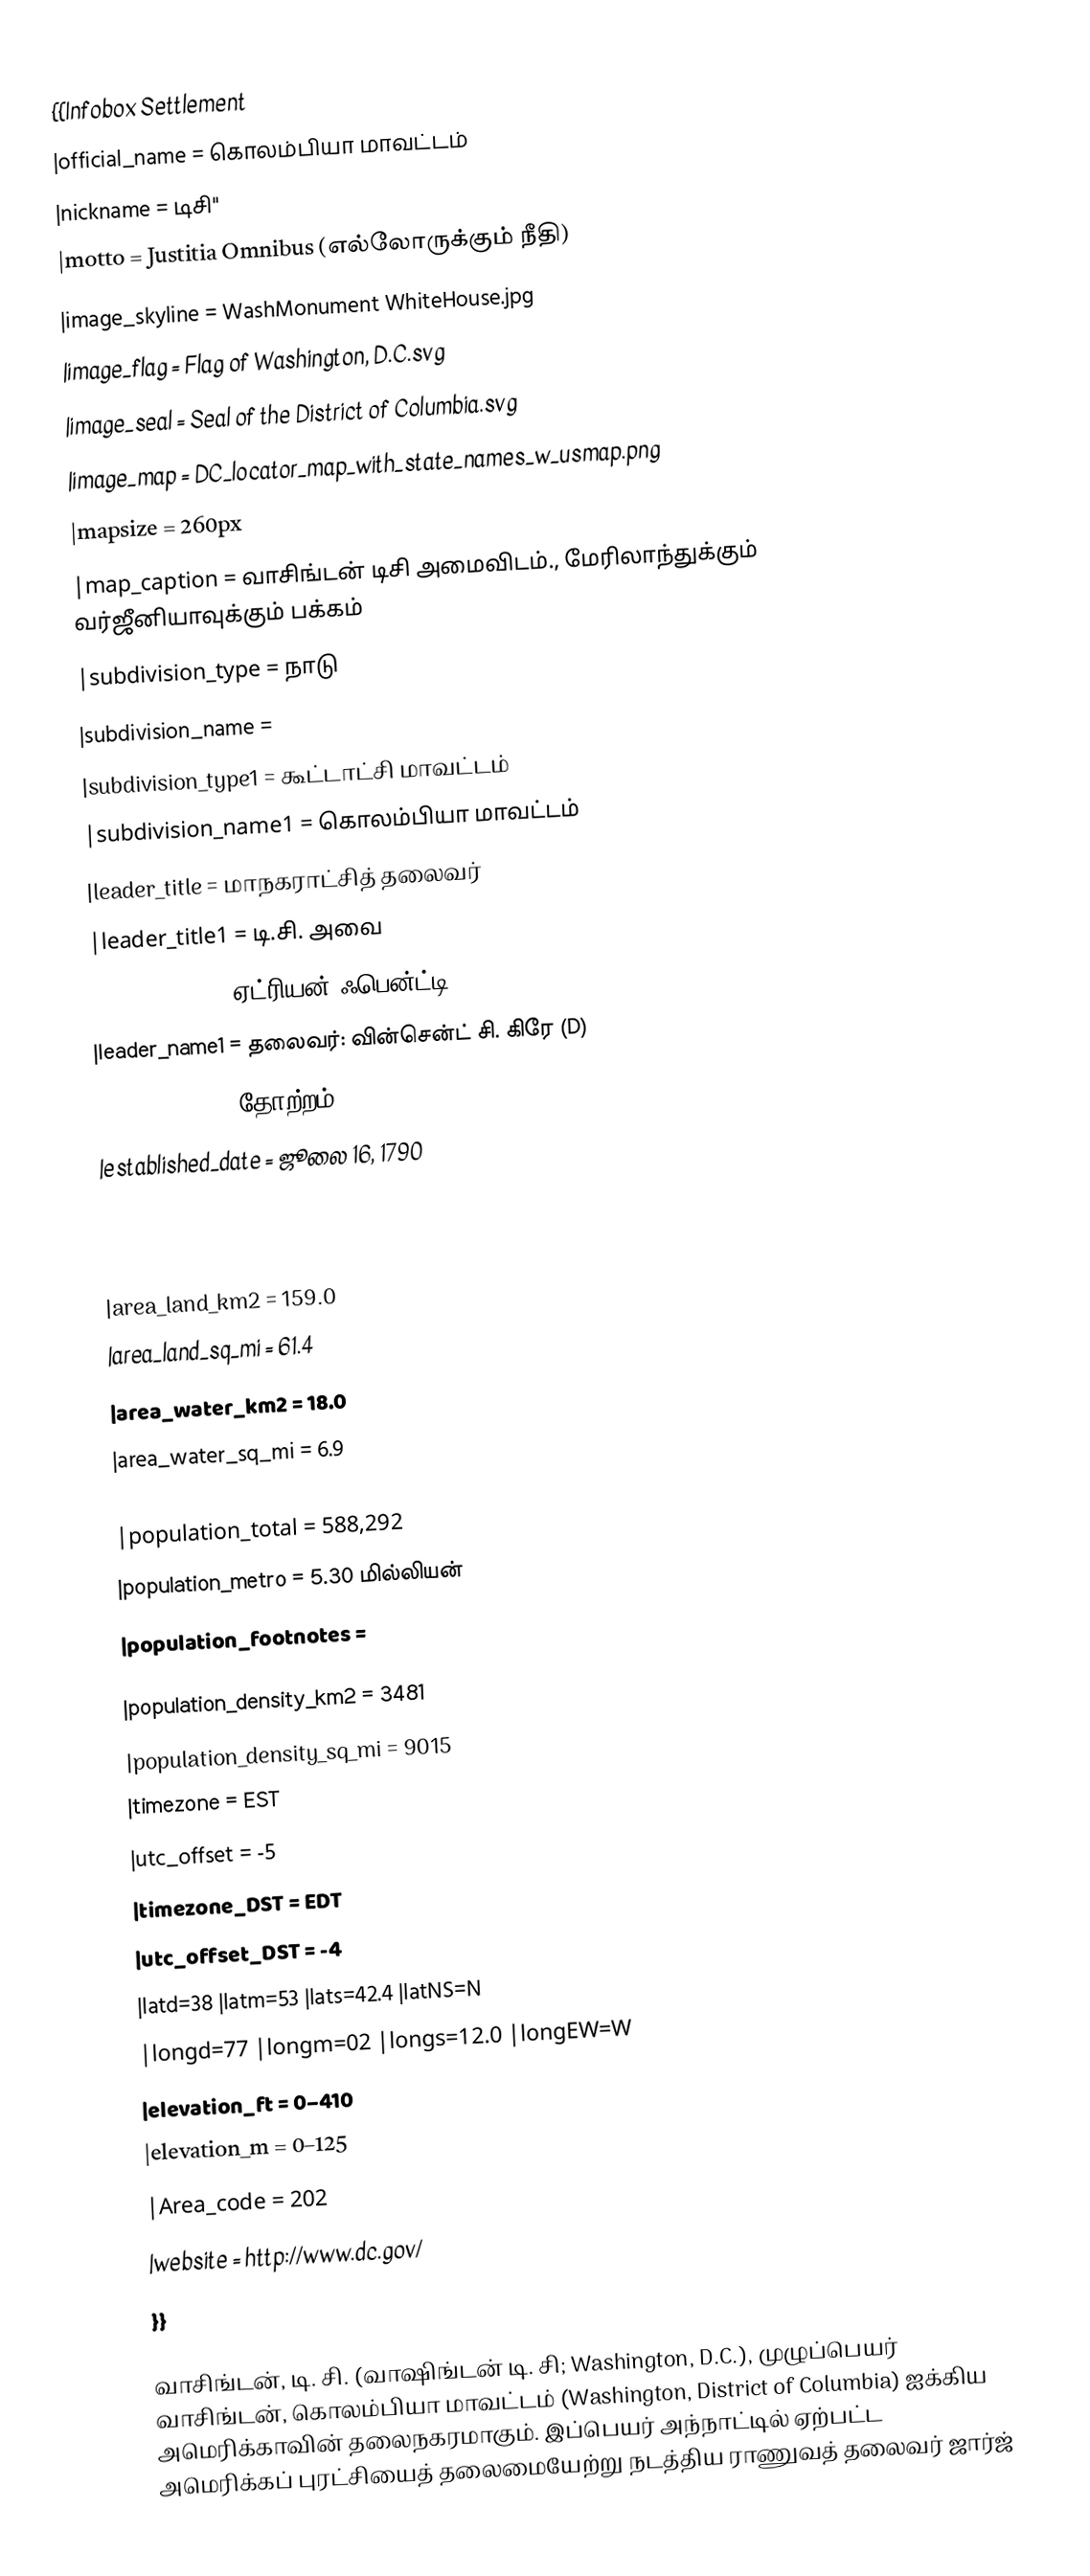
{{Infobox Settlement
|official_name          = கொலம்பியா மாவட்டம்
|nickname               = டிசி"
|motto                  = Justitia Omnibus (எல்லோருக்கும் நீதி)
|image_skyline          = WashMonument WhiteHouse.jpg
|image_flag             = Flag of Washington, D.C.svg
|image_seal             = Seal of the District of Columbia.svg
|image_map              = DC_locator_map_with_state_names_w_usmap.png
|mapsize                = 260px
|map_caption            = வாசிங்டன் டிசி அமைவிடம்., மேரிலாந்துக்கும் வர்ஜீனியாவுக்கும் பக்கம்
|subdivision_type       = நாடு
|subdivision_name       =
|subdivision_type1      = கூட்டாட்சி மாவட்டம்
|subdivision_name1      = கொலம்பியா மாவட்டம்
|leader_title           = மாநகராட்சித் தலைவர்
|leader_title1          = டி.சி. அவை
|leader_name            = ஏட்ரியன் ஃபென்ட்டி (D)
|leader_name1           = தலைவர்: வின்சென்ட் சி. கிரே (D)
|established            = தோற்றம்
|established_date       = ஜூலை 16, 1790
|area_magnitude         = 1 E8
|area_total_km2         = 177.0
|area_total_sq_mi       = 68.3
|area_land_km2          = 159.0
|area_land_sq_mi        = 61.4
|area_water_km2         = 18.0
|area_water_sq_mi       = 6.9
|population_as_of       = 2008
|population_total       = 588,292
|population_metro       = 5.30 மில்லியன்
|population_footnotes   =

|population_density_km2     = 3481
|population_density_sq_mi   = 9015
|timezone                   = EST
|utc_offset                 = -5
|timezone_DST               = EDT
|utc_offset_DST             = -4
|latd=38 |latm=53 |lats=42.4 |latNS=N
|longd=77 |longm=02 |longs=12.0 |longEW=W
|elevation_ft               = 0–410
|elevation_m                = 0–125
|Area_code                  = 202
|website                    = http://www.dc.gov/
}}

வாசிங்டன், டி. சி. (வாஷிங்டன் டி. சி;  Washington, D.C.), முழுப்பெயர் வாசிங்டன், கொலம்பியா மாவட்டம் (Washington, District of Columbia) ஐக்கிய அமெரிக்காவின் தலைநகரமாகும். இப்பெயர் அந்நாட்டில் ஏற்பட்ட அமெரிக்கப் புரட்சியைத் தலைமையேற்று நடத்திய ராணுவத் தலைவர் ஜார்ஜ்